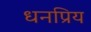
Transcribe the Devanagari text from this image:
धनप्रिय